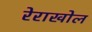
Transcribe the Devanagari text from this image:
रेराखोल